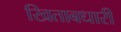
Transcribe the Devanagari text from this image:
खिताबधारी